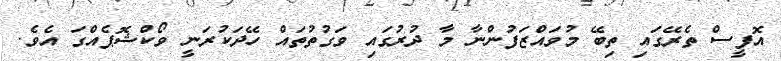
އޮފީސް ތެރޭގައި ތިބޭ މުވައްޒަފުންނާ މާ ދުރުގައި ވަގުތުތައް ހޭދަކުރަނީ ވޯކްޝޮޕެއްގަ އެވެ.